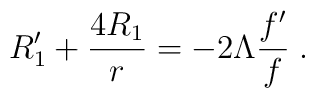
R'_1 + \frac{4 R_1}{r} = - 2 \Lambda \frac{f'}{f}   \;   .